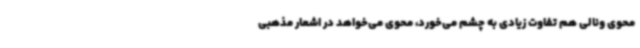
محوی ونالی هم تفاوت زیادی به چشم می‌خورد، محوی می‌خواهد در اشعار مذهبی